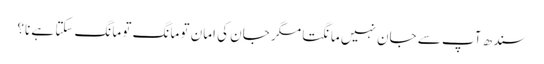
سندھ آپ سے جان نہیں مانگتا مگر جان کی امان تو مانگ تو مانگ سکتا ہے نا؟